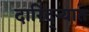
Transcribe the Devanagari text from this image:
दारिद्‌ऱ्यात